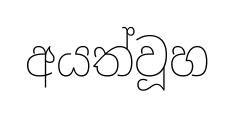
අයත්වූහ